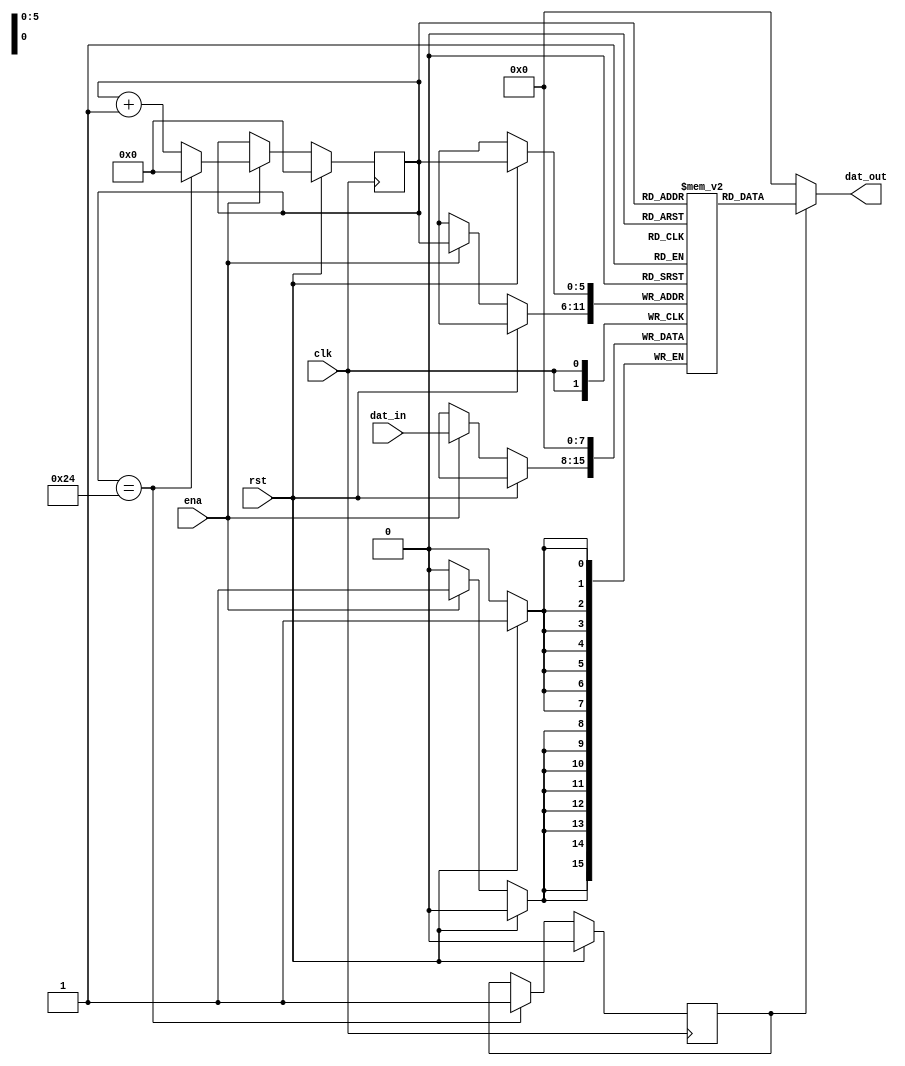
module ShiftRegister #(parameter WIDTH = 8, D = 37, B = 6)(
	input  clk, rst, ena,
	input  [WIDTH-1:0] dat_in,	
	output [WIDTH-1:0] dat_out
);
reg [WIDTH-1:0] dat_ram [D-1:0];
reg [B-1:0]  adr_cnt;
reg dat_val;


always@ (posedge clk)begin
	if(rst) begin
		adr_cnt <= {B{1'b0}};
		dat_ram[adr_cnt] <= {WIDTH{1'b0}};
		end
   else if (ena) begin
		dat_ram[adr_cnt] <= dat_in;
		
		if (adr_cnt == D-1) begin 
			adr_cnt <= {B{1'b0}};
			end
		else begin 
			adr_cnt <= adr_cnt + 1'b1;
			end
	end		
end

always@ (posedge clk)begin
    if(rst) dat_val <= 1'b0;
    else if (adr_cnt == D-1) dat_val <= 1'b1;
end


assign 	  dat_out  = (dat_val)? dat_ram[adr_cnt]: {WIDTH{1'b0}};

endmodule